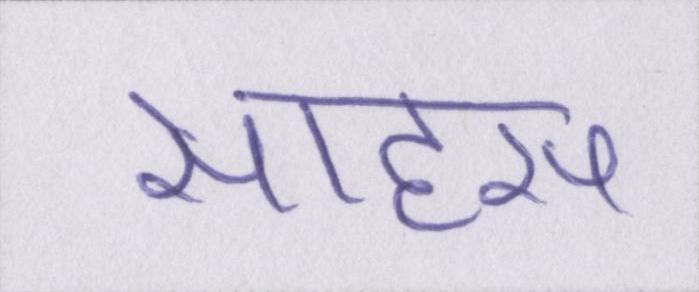
साहस